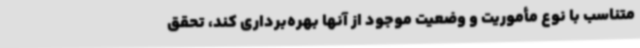
متناسب با نوع مأموریت و وضعیت موجود از آنها بهره‌برداری کند، تحقق